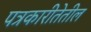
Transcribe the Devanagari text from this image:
पत्रकारीतेतील